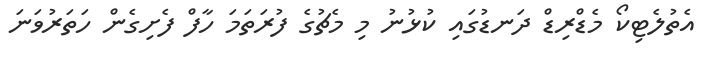
އެތުލެޓިކޯ މެޑްރިޑް ދަނޑުގައި ކުޅުނު މި މެޗުގެ ފުރަތަމަ ހާފް ފެށިގެން ހަތަރުވަނަ